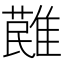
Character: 𩀔